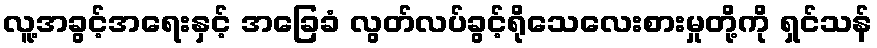
လူ့အခွင့်အရေးနှင့် အခြေခံ လွတ်လပ်ခွင့်ရိုသေလေးစားမှုတို့ကို ရှင်သန်